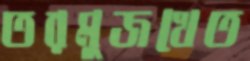
তরমুজখেত